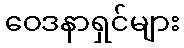
ဝေဒနာရှင်များ